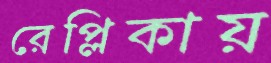
রেপ্লিকায়